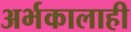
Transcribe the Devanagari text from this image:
अर्भकालाही